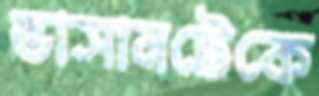
ভাসানটেকে